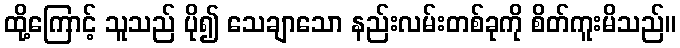
ထို့ကြောင့် သူသည် ပို၍ သေချာသော နည်းလမ်းတစ်ခုကို စိတ်ကူးမိသည်။